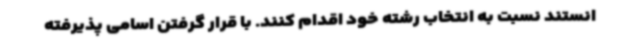
انستند نسبت به انتخاب رشته خود اقدام کنند. با قرار گرفتن اسامی پذیرفته